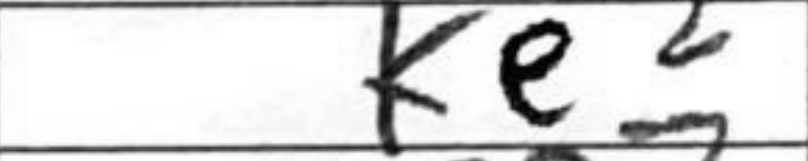
Transcription: Ke2